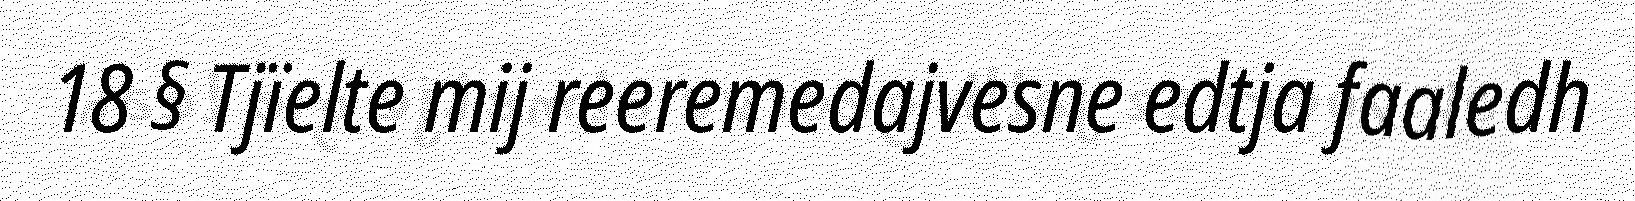
18 § Tjïelte mij reeremedajvesne edtja faaledh